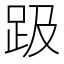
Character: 趿